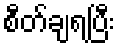
စီတ်ချရပြီး